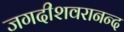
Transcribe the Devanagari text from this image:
जगदीशवरानन्द